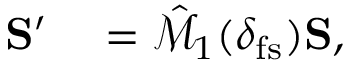
\begin{array} { r l } { { \bf S } ^ { \prime } } & { { } = \hat { \mathcal { M } } _ { 1 } ( \delta _ { \mathrm { f s } } ) { \bf S } , } \end{array}